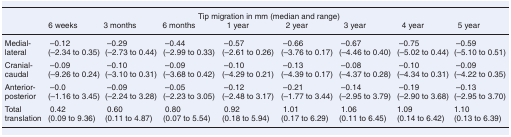
| <COLSPAN=3>  | <COLSPAN=3> Tip migration in mm (median and range) | <COLSPAN=4>  |
 |  | 6 weeks | 3 months | 6 months | 1 year | 2 year | 3 year | 4 year | 5 year |
 | --- | --- | --- | --- | --- | --- | --- | --- | --- | --- |
 | Medial-lateral | –0.12(–2.34 to 0.35) | –0.29(–2.73 to 0.44) | –0.44(–2.99 to 0.33) | –0.57(–2.61 to 0.26) | –0.66(–3.76 to 0.17) | –0.67(–4.46 to 0.40) | –0.75(–5.02 to 0.44) | –0.59(–5.10 to 0.51) |
 | Cranial-caudal | –0.09(–9.26 to 0.24) | –0.10(–3.10 to 0.31) | –0.09(–3.68 to 0.42) | –0.10(–4.29 to 0.21) | –0.13(–4.39 to 0.17) | –0.08(–4.37 to 0.28) | –0.10(–4.34 to 0.31) | –0.09(–4.22 to 0.35) |
 | Anterior-posterior | –0.0(–1.16 to 3.45) | –0.09(–2.24 to 3.28) | –0.05(–2.23 to 3.05) | –0.12(–2.48 to 3.17) | –0.21(–1.77 to 3.44) | –0.14(–2.95 to 3.79) | –0.19(–2.90 to 3.68) | –0.13(–2.95 to 3.70) |
 | Total translation | 0.42(0.09 to 9.36) | 0.60(0.11 to 4.87) | 0.80(0.07 to 5.54) | 0.92(0.18 to 5.94) | 1.01(0.17 to 6.29) | 1.06(0.11 to 6.45) | 1.09(0.14 to 6.42) | 1.10(0.13 to 6.39) |